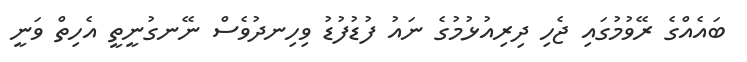
ބައެއްގެ ރޭވުމުގައި ޖެހި ދިރިއުޅުމުގެ ނައު ފުޑުފުޑު ވިހިނދުވެސް ނޭނގުނީތީ އެހިތް ވަނީ